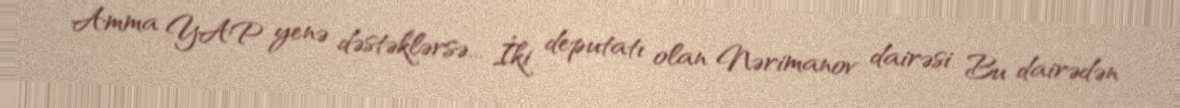
Amma YAP yenə dəstəklərsə... İki deputatı olan Nərimanov dairəsi Bu dairədən